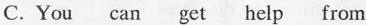
C. You eam et beip from